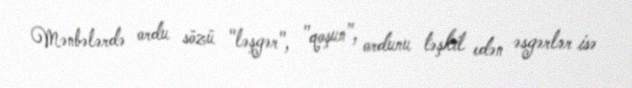
Mənbələrdə ordu sözü "ləşgər", "qoşun", ordunu təşkil edən əsgərlər isə